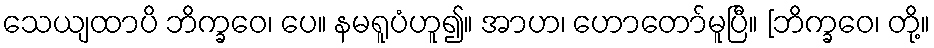
သေယျထာပိ ဘိက္ခဝေ၊ ပေ။ နမရူပံဟူ၍။ အာဟ၊ ဟောတော်မူပြီ။ [ဘိက္ခဝေ၊ တို့။